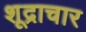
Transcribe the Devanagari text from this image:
शूद्राचार